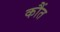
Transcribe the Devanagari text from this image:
कौंत